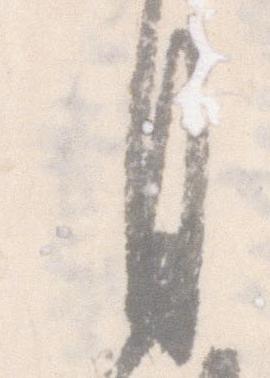
月